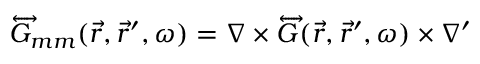
\overleftrightarrow { G } _ { m m } ( \vec { r } , \vec { r } ^ { \prime } , \omega ) = \nabla \times \overleftrightarrow { G } ( \vec { r } , \vec { r } ^ { \prime } , \omega ) \times \nabla ^ { \prime }